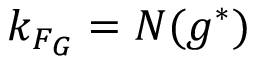
k _ { F _ { G } } = N ( g ^ { * } )